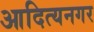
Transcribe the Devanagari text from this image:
आदित्यनगर